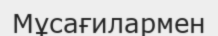
Мұсағилармен